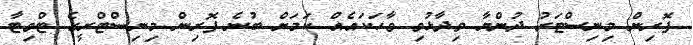
ފޮރިން މިނިސްޓަރު ދުންޔާ ވިދާޅުވި ވާހަކައެއް ކަމަށް ބުނެ ފޮރިން މިނިސްޓްރީގެ ޓްވިޓާ